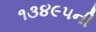
૧૩૪૯૫ની